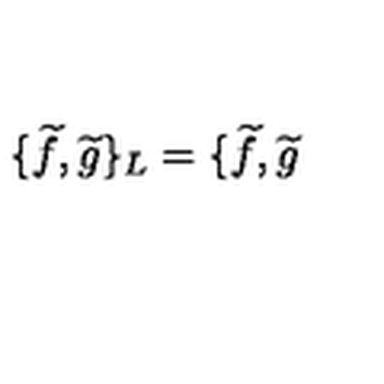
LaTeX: \{ \widetilde { f } , \widetilde { g } \} _ { L } = \{ \widetilde { f } , \widetilde { g }